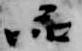
品